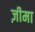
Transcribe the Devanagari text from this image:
ज़ीमा